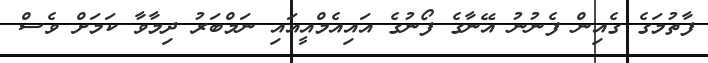
ފާތުމަގެ ގެއިން ފެނުނު އޭނާގެ ފޯނުގެ އައިއެމްއީއައި ނަމްބަރު ދިމާވާ ކަމަށް ވެސް